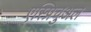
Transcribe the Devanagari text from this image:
एस्प्रिचुअल